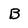
Character: b